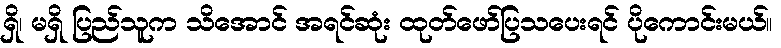
ရှိ၊ မရှိ ပြည်သူက သိအောင် အရင်ဆုံး ထုတ်ဖော်ပြသပေးရင် ပိုကောင်းမယ်။